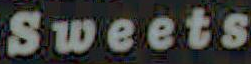
Sweets